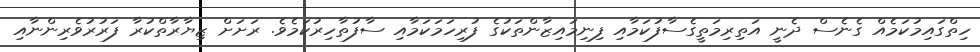
ހިތްގައިމުކަމެއް ގެނެސް ދެނީ އަތިރިމަތީގެސާފުކަމާއި ފިނިމައިޒާންތަކުގެ ފުރިހަމަކަމާއި ސާފުތާހިރުކަމެވެ. ރަށަށް ޒިޔާރާތްކުރާ ފަރުރުވެރިންނާއި